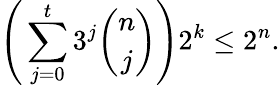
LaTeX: \Bigg(\sum_{j=0}^{t}3^{j}{\binom{n}{j}}\Bigg)2^{k}\le 2^{n}.